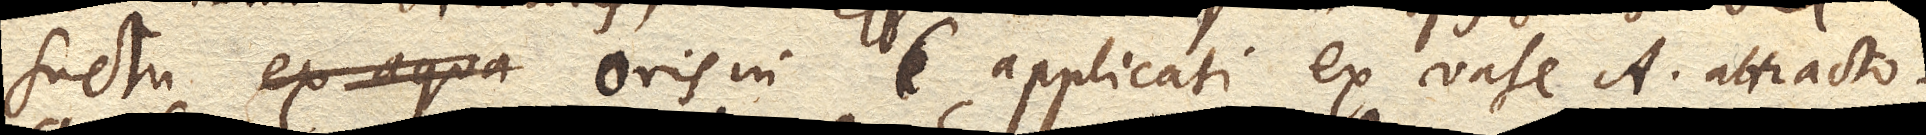
suctu ex aqua oris in C. applicati ex vase A. attracto.